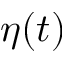
\eta ( t )